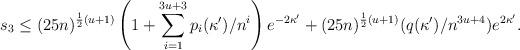
LaTeX: \begin{align*}s_3\leq (25n)^{\frac{1}{2}(u+1)}\left(1+\sum_{i=1}^{3u+3}p_i(\kappa')/n^i\right) e^{-2\kappa'}+ (25n)^{\frac{1}{2}(u+1)}(q(\kappa')/n^{3u+4})e^{2\kappa'}.\end{align*}